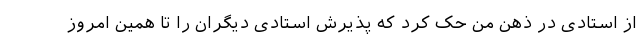
از استادی در ذهن من حک کرد که پذیرش استادی دیگران را تا همین امروز